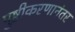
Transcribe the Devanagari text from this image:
पुष्टीकरणानंतर